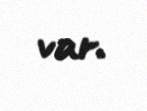
var.